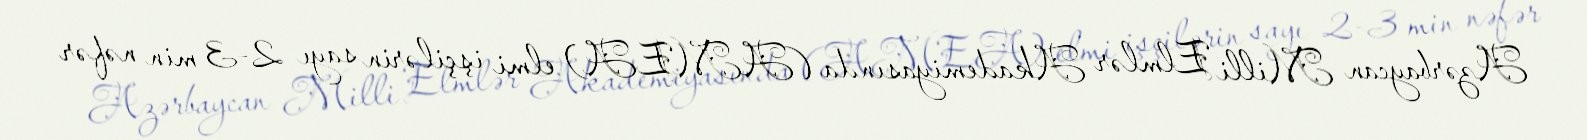
Azərbaycan Milli Elmlər Akademiyasında (AMEA) elmi işçilərin sayı 2-3 min nəfər